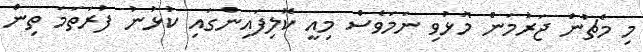
މި މެޗުން ޖަރުމަން މޮޅުވި ނަމަވެސް މިއީ ކޮލިފައިންގައި ކުޅުނު ފުރަތަމަ ތިން